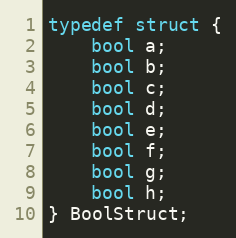
Language: C++
typedef struct {
    bool a;
    bool b;
    bool c;
    bool d;
    bool e;
    bool f;
    bool g;
    bool h;
} BoolStruct;